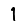
Digit: 1